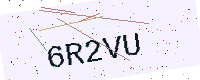
Text: 6R2VU